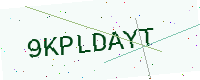
Text: 9KPLDAYT